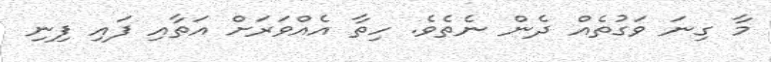
މާ ގިނަ ވަގުތެއް ދެން ނެތެވެ. ހިތާ އެއްވަރަށް އަތާއި ފައި ފިނި